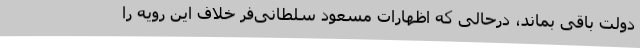
دولت باقی بماند، درحالی که اظهارات مسعود سلطانی‌فر خلاف این رویه را